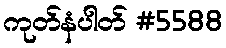
ကုတ်နံပါတ် #5588